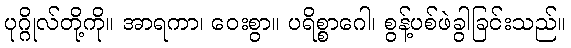
ပုဂ္ဂိုလ်တို့ကို။ အာရကာ၊ ဝေးစွာ။ ပရိစ္စာဂေါ၊ စွန့်ပစ်ဖဲခွါခြင်းသည်။